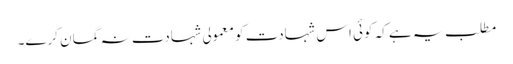
مطلب یہ ہے کہ کوئی اس شہادت کو معمولی شہادت نہ گمان کرے۔